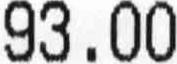
93.00